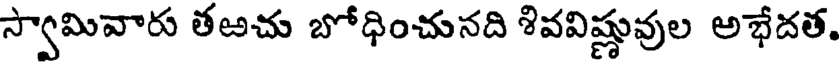
స్వామివారు తఱచు బోధించునది శివవిష్ణువుల అభేదత.